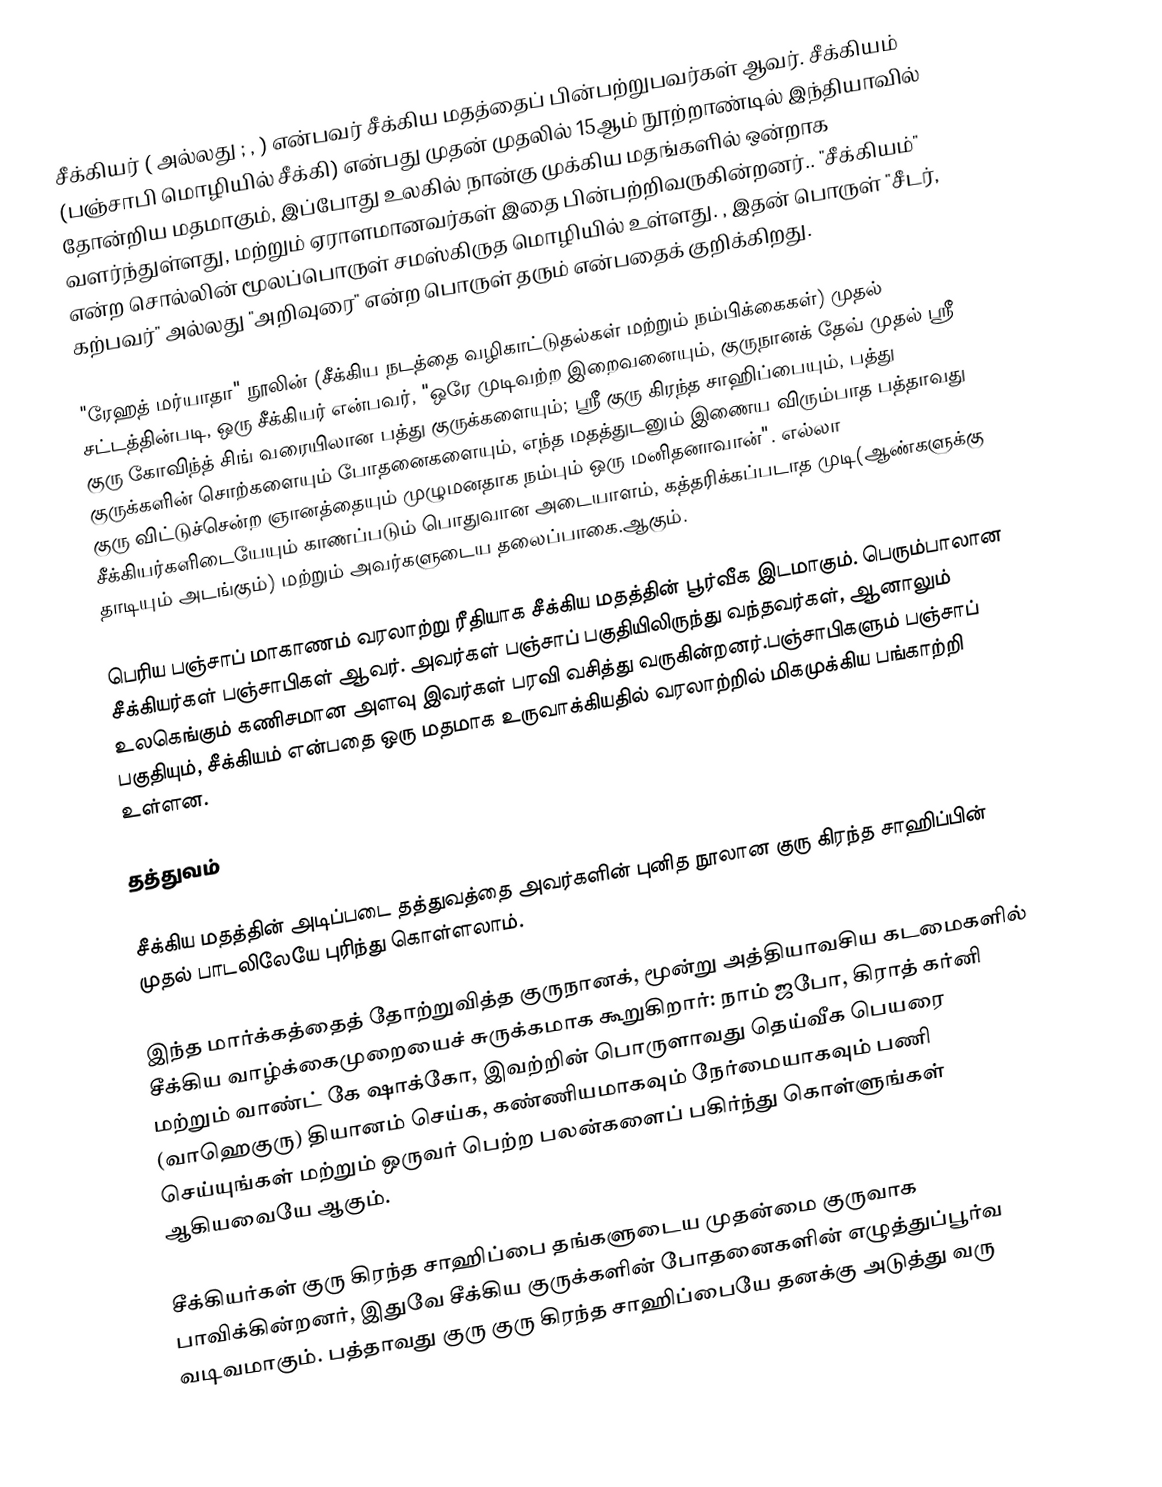
சீக்கியர் ( அல்லது ; ,  ) என்பவர் சீக்கிய மதத்தைப் பின்பற்றுபவர்கள் ஆவர். சீக்கியம் (பஞ்சாபி மொழியில் சீக்கி) என்பது முதன் முதலில் 15ஆம் நூற்றாண்டில் இந்தியாவில் தோன்றிய மதமாகும், இப்போது உலகில் நான்கு முக்கிய மதங்களில் ஒன்றாக வளர்ந்துள்ளது, மற்றும் ஏராளமானவர்கள் இதை பின்பற்றிவருகின்றனர்.. "சீக்கியம்" என்ற சொல்லின் மூலப்பொருள் சமஸ்கிருத மொழியில் உள்ளது.  , இதன் பொருள் "சீடர், கற்பவர்" அல்லது "அறிவுரை" என்ற பொருள் தரும்  என்பதைக் குறிக்கிறது.

"ரேஹத் மர்யாதா" நூலின் (சீக்கிய நடத்தை வழிகாட்டுதல்கள் மற்றும் நம்பிக்கைகள்) முதல் சட்டத்தின்படி, ஒரு சீக்கியர் என்பவர், "ஒரே முடிவற்ற இறைவனையும், குருநானக் தேவ் முதல் ஸ்ரீ குரு கோவிந்த் சிங் வரையிலான பத்து குருக்களையும்; ஸ்ரீ குரு கிரந்த சாஹிப்பையும், பத்து குருக்களின் சொற்களையும் போதனைகளையும், எந்த மதத்துடனும் இணைய விரும்பாத பத்தாவது குரு விட்டுச்சென்ற ஞானத்தையும் முழுமனதாக நம்பும் ஒரு மனிதனாவான்". எல்லா சீக்கியர்களிடையேயும் காணப்படும் பொதுவான அடையாளம், கத்தரிக்கப்படாத முடி(ஆண்களுக்கு தாடியும் அடங்கும்) மற்றும் அவர்களுடைய தலைப்பாகை.ஆகும்.

பெரிய பஞ்சாப் மாகாணம் வரலாற்று ரீதியாக சீக்கிய மதத்தின் பூர்வீக இடமாகும். பெரும்பாலான சீக்கியர்கள் பஞ்சாபிகள் ஆவர். அவர்கள் பஞ்சாப் பகுதியிலிருந்து வந்தவர்கள், ஆனாலும் உலகெங்கும் கணிசமான அளவு இவர்கள் பரவி வசித்து வருகின்றனர்.பஞ்சாபிகளும் பஞ்சாப் பகுதியும், சீக்கியம் என்பதை ஒரு மதமாக உருவாக்கியதில் வரலாற்றில் மிகமுக்கிய பங்காற்றி உள்ளன.

தத்துவம்

சீக்கிய மதத்தின் அடிப்படை தத்துவத்தை அவர்களின் புனித நூலான குரு கிரந்த சாஹிப்பின் முதல் பாடலிலேயே புரிந்து கொள்ளலாம்.

இந்த மார்க்கத்தைத் தோற்றுவித்த குருநானக், மூன்று அத்தியாவசிய கடமைகளில் சீக்கிய வாழ்க்கைமுறையைச் சுருக்கமாக கூறுகிறார்: நாம் ஜபோ, கிராத் கர்னி மற்றும் வாண்ட் கே ஷாக்கோ, இவற்றின் பொருளாவது தெய்வீக பெயரை (வாஹெகுரு) தியானம் செய்க, கண்ணியமாகவும் நேர்மையாகவும் பணி செய்யுங்கள் மற்றும் ஒருவர் பெற்ற பலன்களைப் பகிர்ந்து கொள்ளுங்கள் ஆகியவையே ஆகும்.

சீக்கியர்கள் குரு கிரந்த சாஹிப்பை தங்களுடைய முதன்மை குருவாக பாவிக்கின்றனர், இதுவே சீக்கிய குருக்களின் போதனைகளின் எழுத்துப்பூர்வ வடிவமாகும். பத்தாவது குரு குரு கிரந்த சாஹிப்பையே தனக்கு அடுத்து வரு